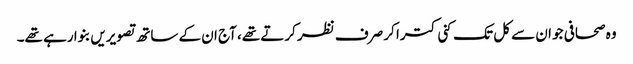
وہ صحافی جو ان سے کل تک کنی کترا کر صرف نظر کرتے تھے، آج ان کے ساتھ تصویریں بنوا رہے تھے۔